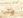
ماجي